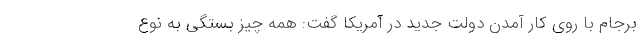
برجام با روی کار آمدن دولت جدید در آمریکا گفت: همه چیز بستگی به نوع